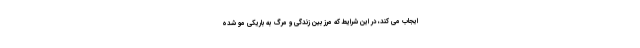
ایجاب می کند، در این شرایط که مرز بین زندگی و مرگ به باریکی مو شده